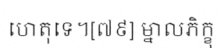
ហេតុទេ។[៧៩] ម្នាលភិក្ខុ